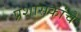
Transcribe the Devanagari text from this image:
प्रशासकांचे